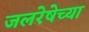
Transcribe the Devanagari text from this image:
जलरेषेच्या